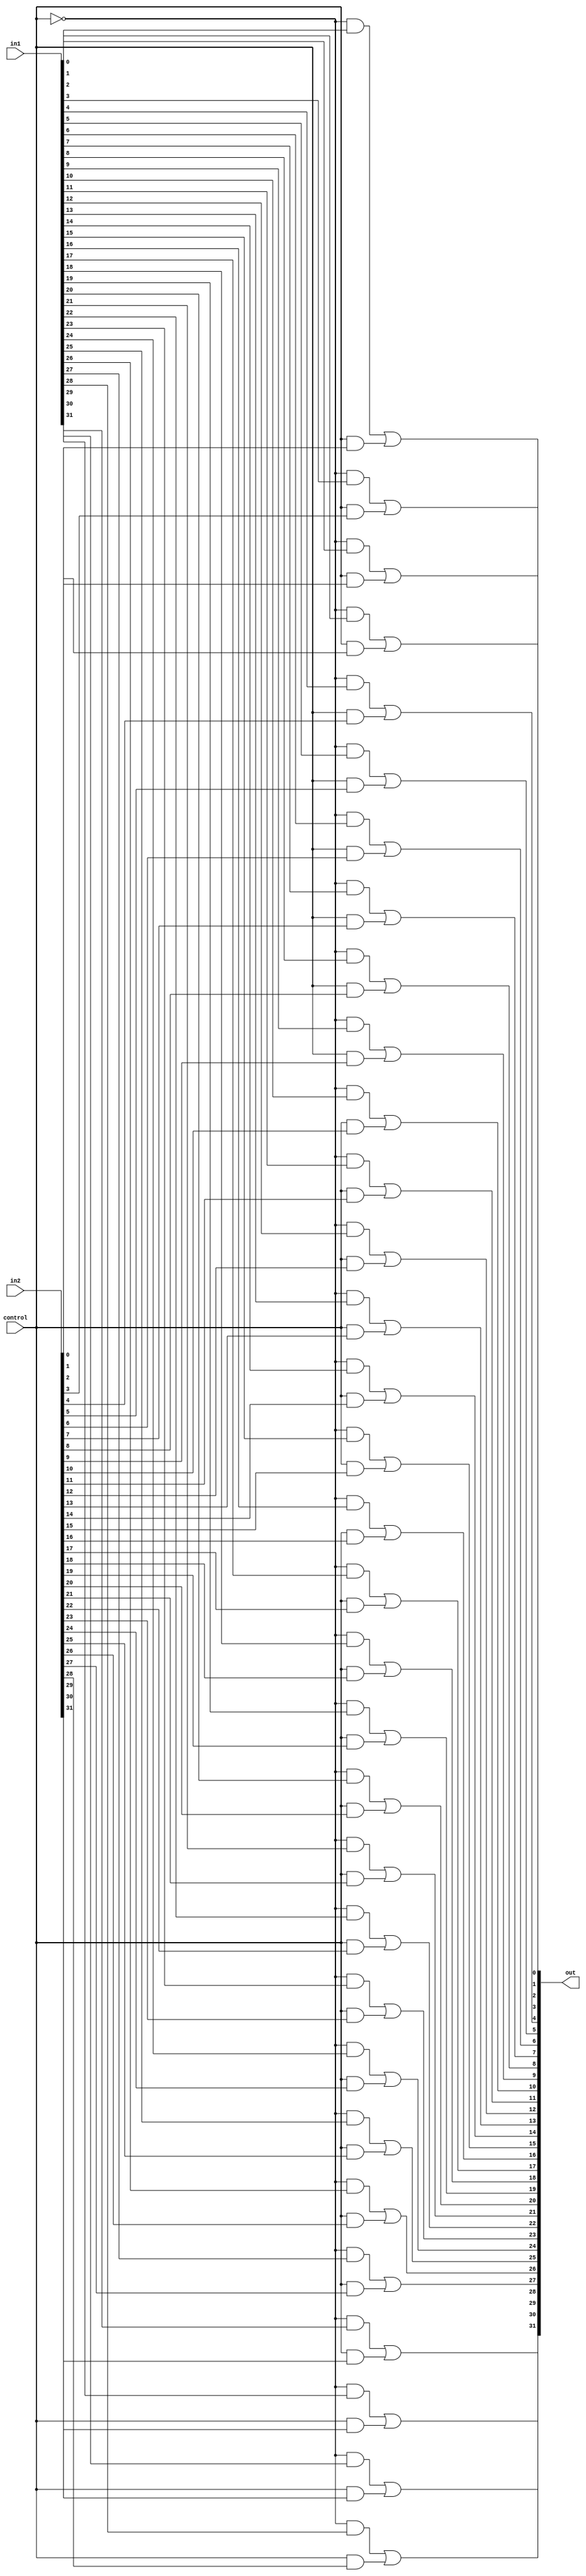
module mux32to16(out , in1 , in2 ,control);

// I/O port declaration
output [31:0] out;
input [31:0] in1,in2;
input control;

//internal nets
wire control_not;
wire [31:0] anded_out_1,anded_out_2;

//internal gate circuitry
not (control_not,control);


and (anded_out_1[0] , control_not , in1[0]);
and (anded_out_1[1] , control_not , in1[1]);
and (anded_out_1[2] , control_not , in1[2]);
and (anded_out_1[3] , control_not , in1[3]);
and (anded_out_1[4] , control_not , in1[4]);
and (anded_out_1[5] , control_not , in1[5]);
and (anded_out_1[6] , control_not , in1[6]);
and (anded_out_1[7] , control_not , in1[7]);
and (anded_out_1[8] , control_not , in1[8]);
and (anded_out_1[9] , control_not , in1[9]);
and (anded_out_1[10] , control_not , in1[10]);
and (anded_out_1[11] , control_not , in1[11]);
and (anded_out_1[12] , control_not , in1[12]);
and (anded_out_1[13] , control_not , in1[13]);
and (anded_out_1[14] , control_not , in1[14]);
and (anded_out_1[15] , control_not , in1[15]);
and (anded_out_1[16] , control_not , in1[16]);
and (anded_out_1[17] , control_not , in1[17]);
and (anded_out_1[18] , control_not , in1[18]);
and (anded_out_1[19] , control_not , in1[19]);
and (anded_out_1[20] , control_not , in1[20]);
and (anded_out_1[21] , control_not , in1[21]);
and (anded_out_1[22] , control_not , in1[22]);
and (anded_out_1[23] , control_not , in1[23]);
and (anded_out_1[24] , control_not , in1[24]);
and (anded_out_1[25] , control_not , in1[25]);
and (anded_out_1[26] , control_not , in1[26]);
and (anded_out_1[27] , control_not , in1[27]);
and (anded_out_1[28] , control_not , in1[28]);
and (anded_out_1[29] , control_not , in1[29]);
and (anded_out_1[30] , control_not , in1[30]);
and (anded_out_1[31] , control_not , in1[31]);
and (anded_out_2[0] , control , in2[0]);
and (anded_out_2[1] , control , in2[1]);
and (anded_out_2[2] , control , in2[2]);
and (anded_out_2[3] , control , in2[3]);
and (anded_out_2[4] , control , in2[4]);
and (anded_out_2[5] , control , in2[5]);
and (anded_out_2[6] , control , in2[6]);
and (anded_out_2[7] , control , in2[7]);
and (anded_out_2[8] , control , in2[8]);
and (anded_out_2[9] , control , in2[9]);
and (anded_out_2[10] , control , in2[10]);
and (anded_out_2[11] , control , in2[11]);
and (anded_out_2[12] , control , in2[12]);
and (anded_out_2[13] , control , in2[13]);
and (anded_out_2[14] , control , in2[14]);
and (anded_out_2[15] , control , in2[15]);
and (anded_out_2[16] , control , in2[16]);
and (anded_out_2[17] , control , in2[17]);
and (anded_out_2[18] , control , in2[18]);
and (anded_out_2[19] , control , in2[19]);
and (anded_out_2[20] , control , in2[20]);
and (anded_out_2[21] , control , in2[21]);
and (anded_out_2[22] , control , in2[22]);
and (anded_out_2[23] , control , in2[23]);
and (anded_out_2[24] , control , in2[24]);
and (anded_out_2[25] , control , in2[25]);
and (anded_out_2[26] , control , in2[26]);
and (anded_out_2[27] , control , in2[27]);
and (anded_out_2[28] , control , in2[28]);
and (anded_out_2[29] , control , in2[29]);
and (anded_out_2[30] , control , in2[30]);
and (anded_out_2[31] , control , in2[31]);
or (out[0] , anded_out_1[0] , anded_out_2[0]);
or (out[1] , anded_out_1[1] , anded_out_2[1]);
or (out[2] , anded_out_1[2] , anded_out_2[2]);
or (out[3] , anded_out_1[3] , anded_out_2[3]);
or (out[4] , anded_out_1[4] , anded_out_2[4]);
or (out[5] , anded_out_1[5] , anded_out_2[5]);
or (out[6] , anded_out_1[6] , anded_out_2[6]);
or (out[7] , anded_out_1[7] , anded_out_2[7]);
or (out[8] , anded_out_1[8] , anded_out_2[8]);
or (out[9] , anded_out_1[9] , anded_out_2[9]);
or (out[10] , anded_out_1[10] , anded_out_2[10]);
or (out[11] , anded_out_1[11] , anded_out_2[11]);
or (out[12] , anded_out_1[12] , anded_out_2[12]);
or (out[13] , anded_out_1[13] , anded_out_2[13]);
or (out[14] , anded_out_1[14] , anded_out_2[14]);
or (out[15] , anded_out_1[15] , anded_out_2[15]);
or (out[16] , anded_out_1[16] , anded_out_2[16]);
or (out[17] , anded_out_1[17] , anded_out_2[17]);
or (out[18] , anded_out_1[18] , anded_out_2[18]);
or (out[19] , anded_out_1[19] , anded_out_2[19]);
or (out[20] , anded_out_1[20] , anded_out_2[20]);
or (out[21] , anded_out_1[21] , anded_out_2[21]);
or (out[22] , anded_out_1[22] , anded_out_2[22]);
or (out[23] , anded_out_1[23] , anded_out_2[23]);
or (out[24] , anded_out_1[24] , anded_out_2[24]);
or (out[25] , anded_out_1[25] , anded_out_2[25]);
or (out[26] , anded_out_1[26] , anded_out_2[26]);
or (out[27] , anded_out_1[27] , anded_out_2[27]);
or (out[28] , anded_out_1[28] , anded_out_2[28]);
or (out[29] , anded_out_1[29] , anded_out_2[29]);
or (out[30] , anded_out_1[30] , anded_out_2[30]);
or (out[31] , anded_out_1[31] , anded_out_2[31]);


endmodule